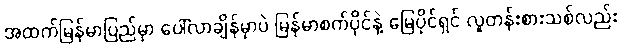
အထက်မြန်မာပြည်မှာ ပေါ်လာချိန်မှာပဲ မြန်မာစက်ပိုင်နဲ့ မြေပိုင်ရှင် လူတန်းစားသစ်လည်း